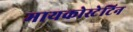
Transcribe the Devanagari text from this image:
मायकोस्टेटिन